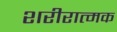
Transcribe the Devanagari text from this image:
शरीरात्मक